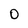
Character: 0